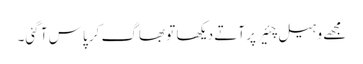
مجھے وہیل چئیر پر آتے دیکھا تو بھاگ کر پاس آ گئی۔